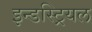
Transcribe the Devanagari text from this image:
इन्डस्ट्रियल